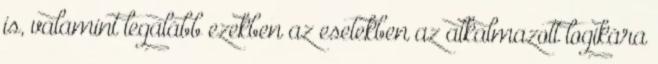
is, valamint legalább ezekben az esetekben az alkalmazott logikára